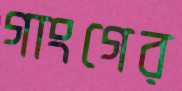
গাংগের